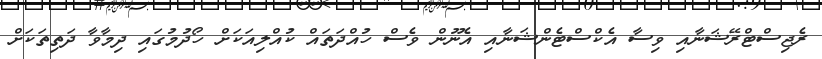
ރެޖިސްޓްރޭޝަނާއި ވިސާ އެކްސްޓެންޝަނާއި އެނޫން ވެސް ހުއްދަތައް ކުއްލިއަކަށް ހޯދުމުގައި ދިމާވާ ދަތިތަކަށް